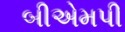
બીએમપી